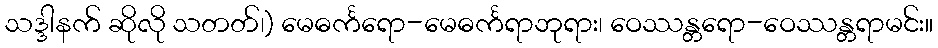
သဒ္ဒါနက် ဆိုလို သတတ်၊) မေဓင်္ကရော-မေဓင်္ကရာဘုရား၊ ဝေဿန္တရော-ဝေဿန္တရာမင်း။